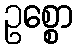
ဥစ္စော